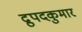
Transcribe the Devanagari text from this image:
द्रुपदकुमार